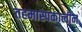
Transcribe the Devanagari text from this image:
तहमास्पकालीन